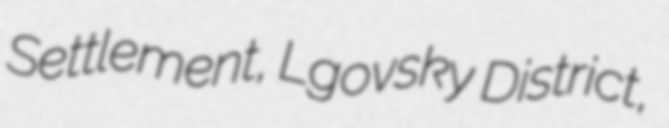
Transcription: Settlement, Lgovsky District,